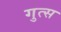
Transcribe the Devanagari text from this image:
गुत्स